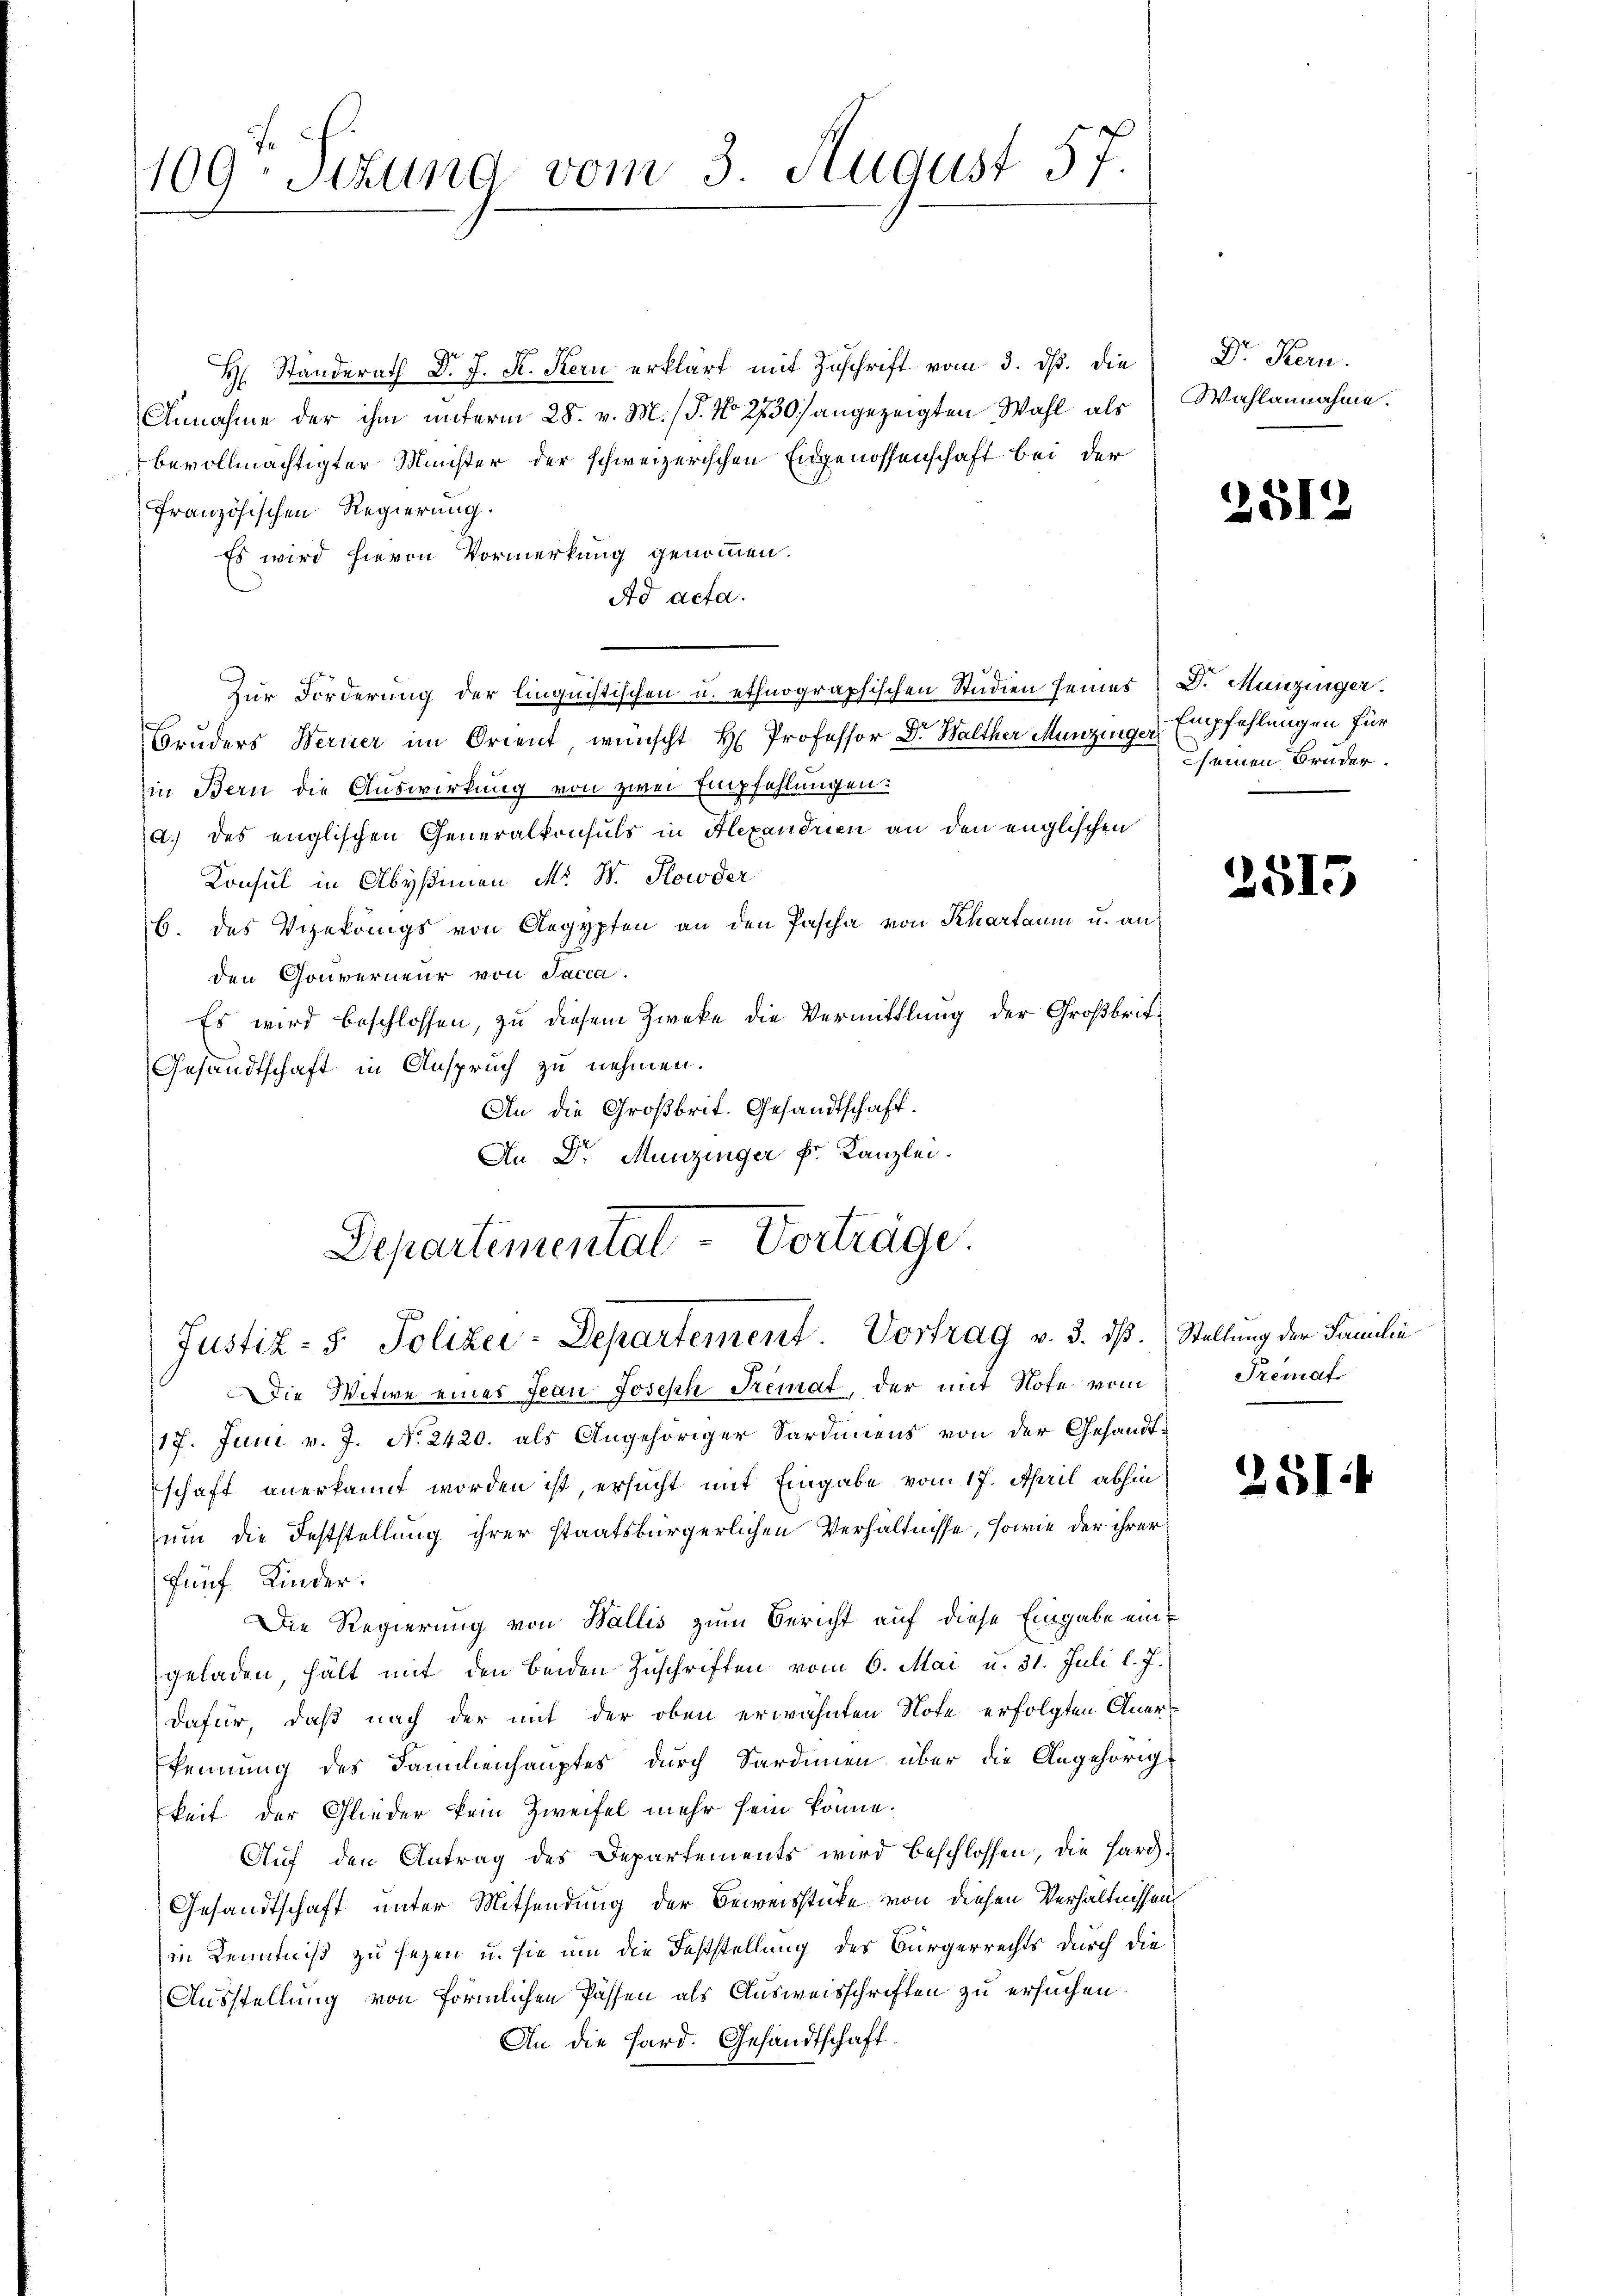
109. Sekung vom 3 August 57.

H. Standerath d. J. K. Stern erklärt mit Zuschrift vom 3. ds. die
Annahme der ihm unterm 28. v. M. (T. No 2730) angezeigten Wahl als
bevollmächtigter Minister der schweizerischen Eidgenossenschaft bei der
Französischen Regierung.
Es wird hievon Vormerkung genommen.
Ad acta.
Zur Forderung der linquistischen u. ethnographischen Studien seines D. Munzinger.
Bruders Werner im Orient, wünscht H. Professor Dr. Walther Menzinger Empfehlungen für
in Bern die Auswirkung von zwei Empfehlungen:
a.) des englischen Generalkonsuls in Alexandrien an den englischen
Konsul in Abystimmen M. D. Hlowder
b. des Vizekoings von Aegypten an den Pascha von Khartaum u. an
den Gouverneur von Jacca.
Es wird beschlossen, zu diesem Zwecke die Vermittlung der Großbrit¬
Gesandtschaft in Anspruch zu nehmen.
An die Großbrit. Gesandtschaft.
An Dr. Munzinger k. Kanzlei.
Departemental-Vorträge.

Justiz- & Polizei-Departement. Vortrag v. 3. ds. Stellung der Familie

Die Witwe eines Jean Joseph Tremat, der mit Note vom
17. Juni v. J. N. 2420. als Angehöriger Sardinens von der Gesandtschaft anerkannt worden ist, ersucht mit Eingabe vom 17. April abhin
um die Feststellung ihrer staatsbürgerlichen Verhältnisse, sowie der ihrer
fünf Kinder.
Die Regierung von Wallis zum Bericht auf diese Eingabe eingeladen, hält mit den beiden Zuschriften vom 6. Mai u. 31. Juli l. J.
dafür, daß nach der mit der oben erwähnten Note erfolgten Anerkennung des Familienhauptes durch Sardinen über die Angehörigkeit der Glieder kein Zweifel mehr sein könne.
Auf den Antrag des Departements wird beschlossen, die Hard¬
Gesandtschaft unter Mittendung der Beweisstücke von diesen Verhältnissen
in Kenntniß zu sezen u. sie um die Feststellung des Bürgerrechts durch die
Ausstellung von förmlichen Passen als Ausweisschriften zu ersuchen.
An die Sard. Gesandtschaft.

Dr. Kern.
Wahlannahme.

2512

seinen Bruder.

2515

Premat

2514